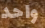
واحد